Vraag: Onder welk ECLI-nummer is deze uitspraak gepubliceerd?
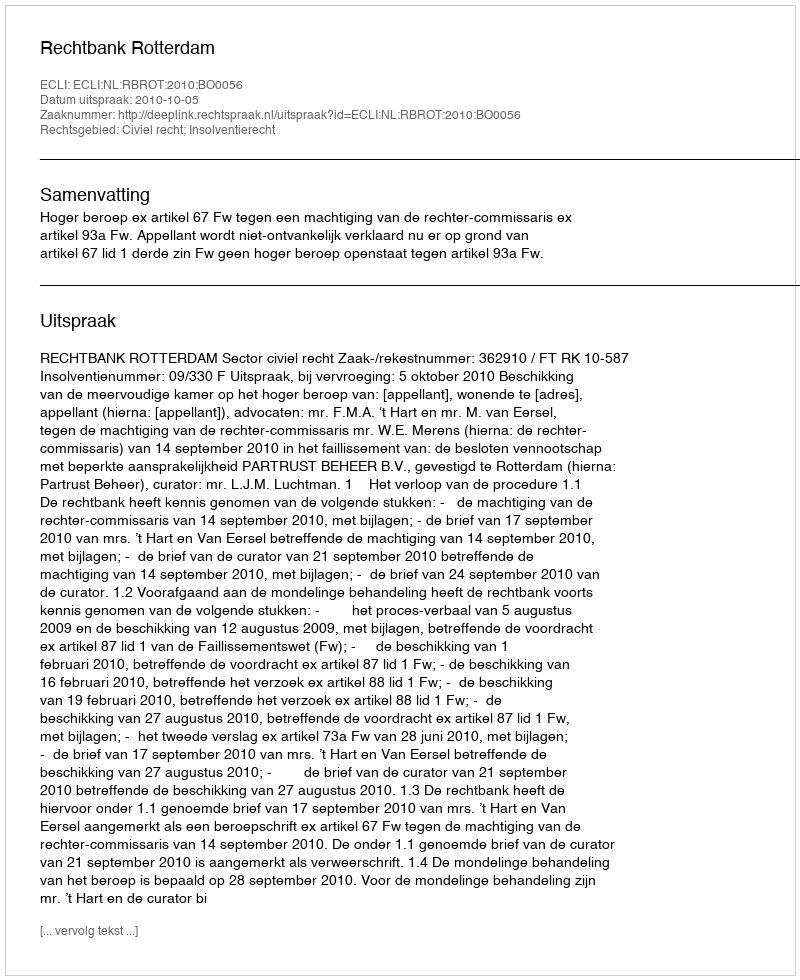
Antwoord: ECLI:NL:RBROT:2010:BO0056